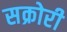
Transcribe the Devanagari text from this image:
सक्रोरी